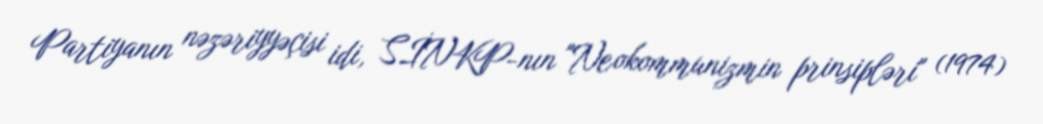
Partiyanın nəzəriyyəçisi idi, SİNKP-nın "Neokommunizmin prinsipləri" (1974)